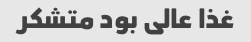
غذا عالی بود متشکر